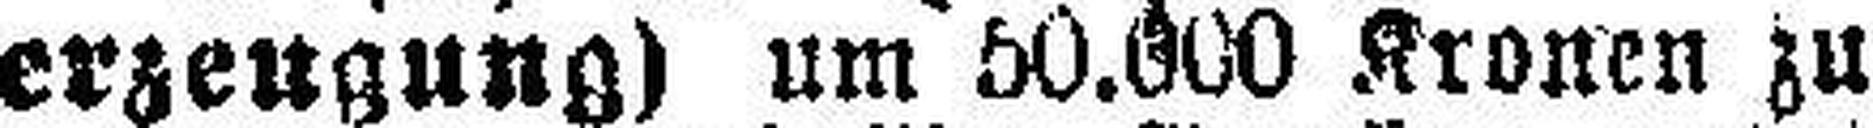
erzeugung) um 50.000 Kronen zu